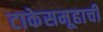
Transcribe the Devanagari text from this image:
टाकेसमूहाची